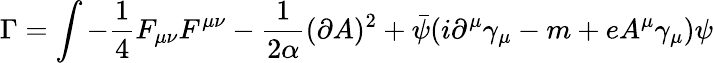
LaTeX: \Gamma=\int-\frac 14F_{\mu\nu}F^{\mu\nu}-\frac 1{2\alpha}(\partial A)^{2}+\bar{\psi}(i\partial^{\mu}\gamma_{\mu}-m+eA^{\mu}\gamma_{\mu})\psi